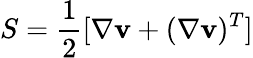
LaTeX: S=\frac{1}{2}[\nabla\mathbf{v}+(\nabla\mathbf{v})^{T}]